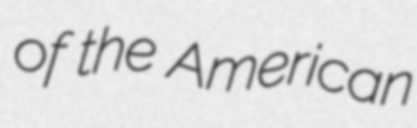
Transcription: of the American